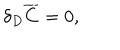
\delta _ { D } \overline { { C } } = 0 ,